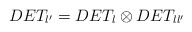
\begin{align*}DET_{\l'}= DET_{\l}\otimes DET_{\l\l'}\end{align*}